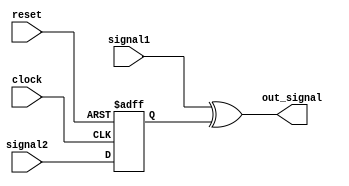
module Timing_control_sync(
    input wire clock,
    input wire reset,
    input wire signal1,
    input wire signal2,
    output reg out_signal
);

reg delayed_signal2;

always @(posedge clock or posedge reset) begin
    if(reset) begin
        delayed_signal2 <= 1'b0;
    end
    else begin
        delayed_signal2 <= signal2;
    end
end

assign out_signal = signal1 ^ delayed_signal2;

endmodule